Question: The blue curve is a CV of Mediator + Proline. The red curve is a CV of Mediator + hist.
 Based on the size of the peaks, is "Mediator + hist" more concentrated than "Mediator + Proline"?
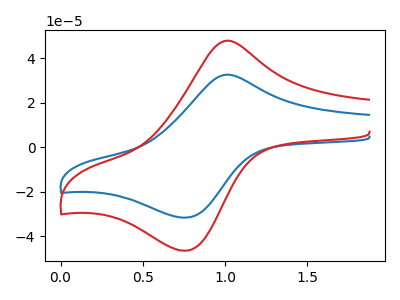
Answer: <think>The blue curve "Mediator + Proline" has an anodic peak at (1.00V, 32.50uA) and a cathodic peak at (0.75V, -31.60uA). The red curve "Mediator + hist" has an anodic peak at (1.00V, 47.75uA) and a cathodic peak at (0.75V, -46.40uA).
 All the peaks in "Mediator + Proline" have a peak in "Mediator + hist" at the same potential. Every peak in "Mediator + Proline" is lower than every peak in "Mediator + hist".</think>
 <answer>"Mediator + Proline" has less signal than "Mediator + hist" and so likely has a lower concentration.</answer>
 <eval>less_concentration</eval>